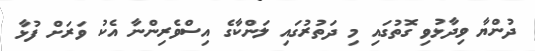
ދުންޔާ ވިދާޅުވި ގޮތުގައި މި ދަތުރުގައި ލަންކާގެ އިސްވެރިންނާ އެކު ވަރަށް ފުޅާ